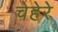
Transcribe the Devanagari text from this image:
चेहेरे